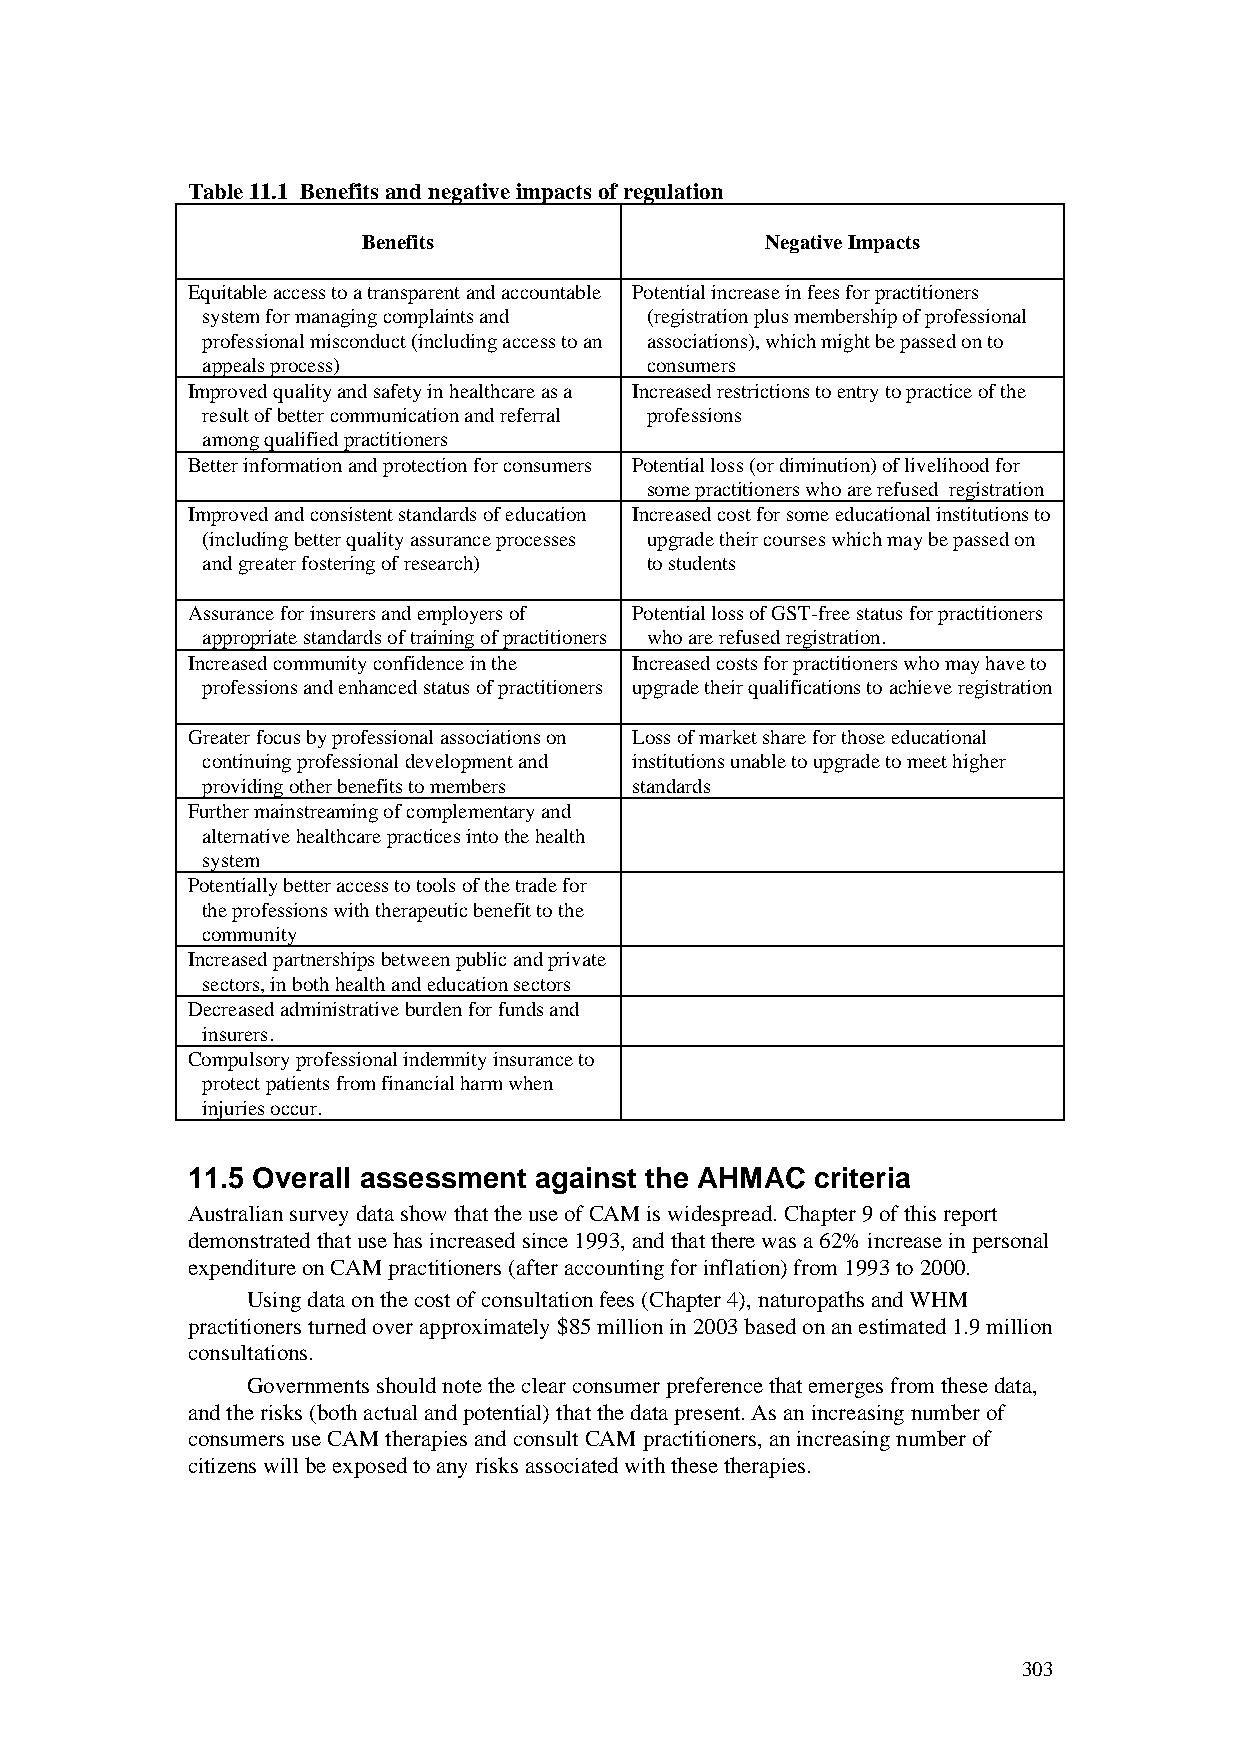
Table 11.1 Benefits and negative impacts of regulation
 Benefits                   Negative Impacts
 Equitable access to a transparent and accountable Potential increase in fees for practitioners
 system for managing complaints and (registration plus membership of professional
 professional misconduct (including access to an associations), which might be passed on to
 appeals process)              consumers
 Improved quality and safety in healthcare as a Increased restrictions to entry to practice of the
 result of better communication and referral professions
 among qualified practitioners
 Better information and protection for consumers Potential loss (or diminution) of livelihood for
 some practitioners who are refused registration
 Improved and consistent standards of education Increased cost for some educational institutions to
 (including better quality assurance processes upgrade their courses which may be passed on
 and greater fostering of research) to students
 Assurance for insurers and employers of Potential loss of GST-free status for practitioners
 appropriate standards of training of practitioners who are refused registration.
 Increased community confidence in the Increased costs for practitioners who may have to
 professions and enhanced status of practitioners upgrade their qualifications to achieve registration
 Greater focus by professional associations on Loss of market share for those educational
 continuing professional development and institutions unable to upgrade to meet higher
 providing other benefits to members standards
 Further mainstreaming of complementary and
 alternative healthcare practices into the health
 system
 Potentially better access to tools of the trade for
 the professions with therapeutic benefit to the
 community
 Increased partnerships between public and private
 sectors, in both health and education sectors
 Decreased administrative burden for funds and
 insurers.
 Compulsory professional indemnity insurance to
 protect patients from financial harm when
 injuries occur.
 11.5 Overall assessment against the AHMAC criteria
 Australian survey data show that the use of CAM is widespread. Chapter 9 of this report
 demonstrated that use has increased since 1993, and that there was a 62% increase in personal
 expenditure on CAM practitioners (after accounting for inflation) from 1993 to 2000.
 Using data on the cost of consultation fees (Chapter 4), naturopaths and WHM
 practitioners turned over approximately $85 million in 2003 based on an estimated 1.9 million
 consultations.
 Governments should note the clear consumer preference that emerges from these data,
 and the risks (both actual and potential) that the data present. As an increasing number of
 consumers use CAM therapies and consult CAM practitioners, an increasing number of
 citizens will be exposed to any risks associated with these therapies.
 303